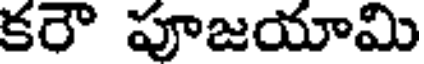
కరౌ పూజయామి